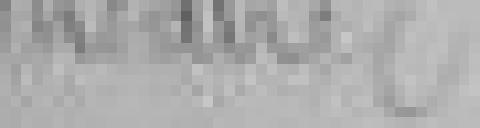
théâtre.